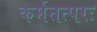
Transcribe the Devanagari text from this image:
कर्मतत्परः